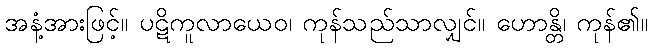
အနံ့အားဖြင့်။ ပဋိကူလာယေဝ၊ ကုန်သည်သာလျှင်။ ဟောန္တိ၊ ကုန်၏။